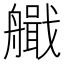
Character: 艥